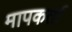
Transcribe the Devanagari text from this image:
मापकर्ता